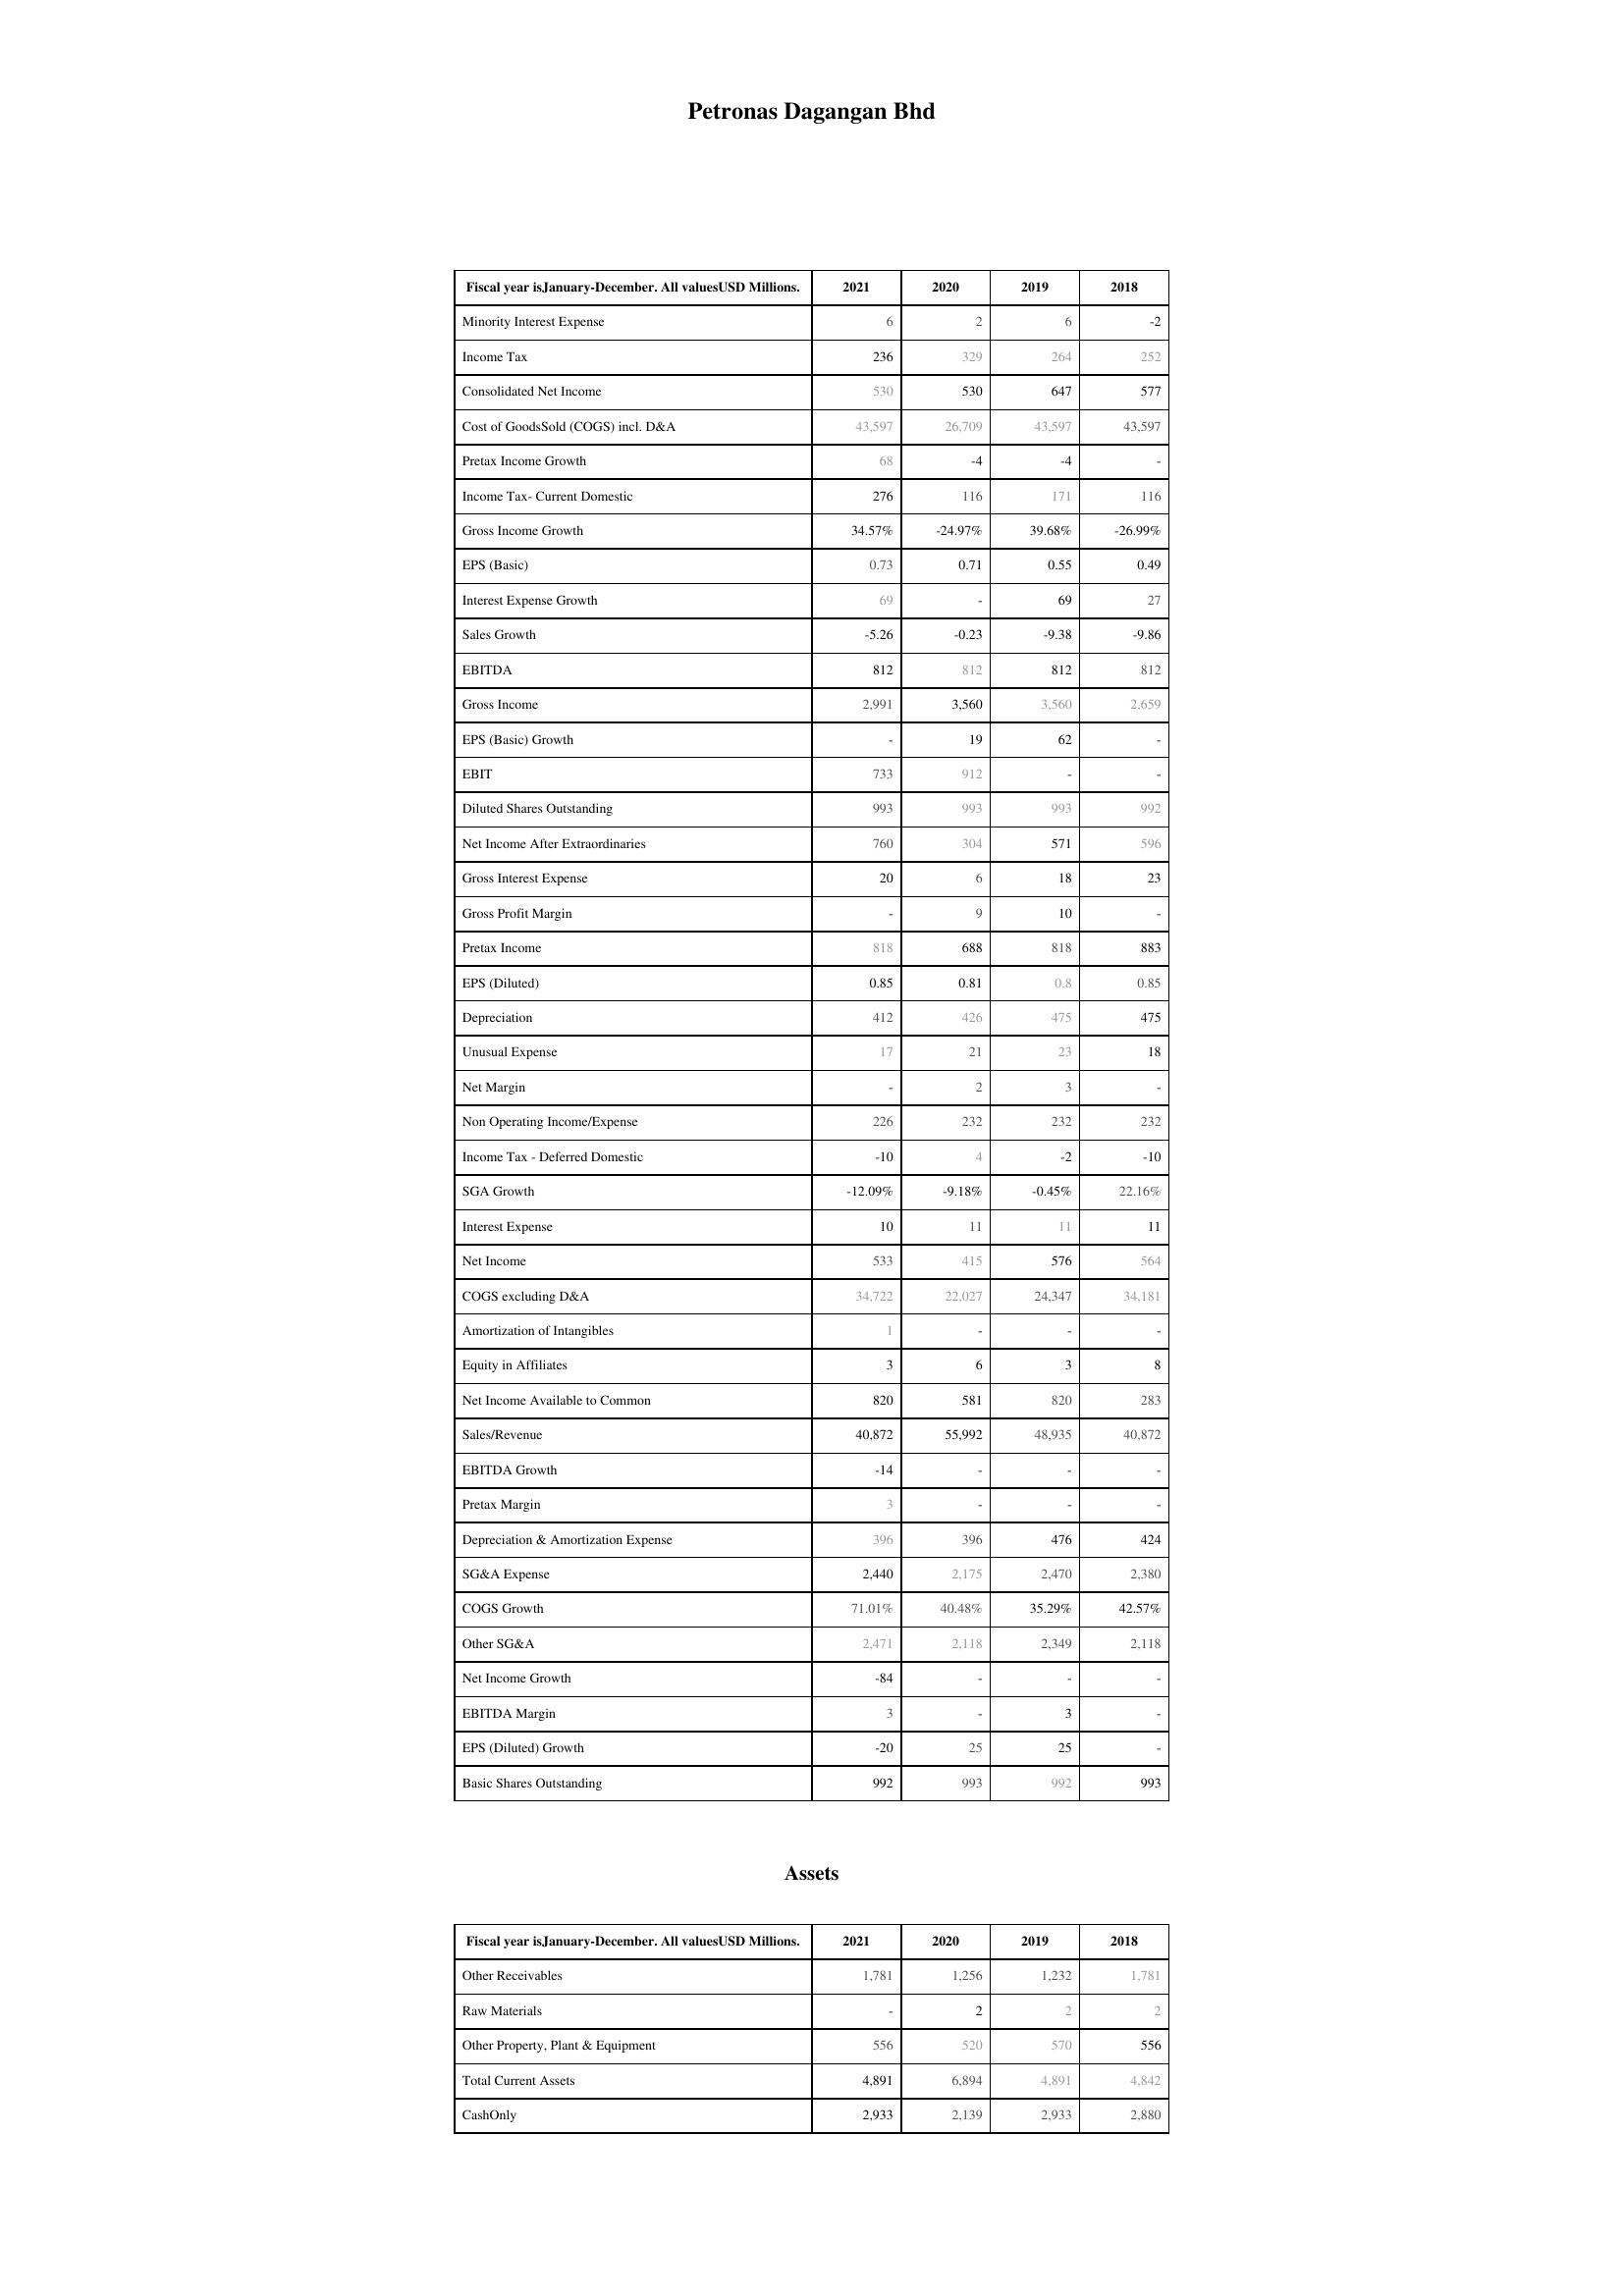
2021: : Minority Interest Expense: 6
Income Tax: 236
Consolidated Net Income: 530
Cost of GoodsSold (COGS) incl. D&A: 43,597
Pretax Income Growth: 68
Income Tax- Current Domestic: 276
Gross Income Growth: 34.57%
EPS (Basic): 0.73
Interest Expense Growth: 69
Sales Growth: -5.26
EBITDA: 812
Gross Income: 2,991
EPS (Basic) Growth: -
EBIT: 733
Diluted Shares Outstanding: 993
Net Income After Extraordinaries: 760
Gross Interest Expense: 20
Gross Profit Margin: -
Pretax Income: 818
EPS (Diluted): 0.85
Depreciation: 412
Unusual Expense: 17
Net Margin: -
Non Operating Income/Expense: 226
Income Tax - Deferred Domestic: -10
SGA Growth: -12.09%
Interest Expense: 10
Net Income: 533
COGS excluding D&A: 34,722
Amortization of Intangibles: 1
Equity in Affiliates: 3
Net Income Available to Common: 820
Sales/Revenue: 40,872
EBITDA Growth: -14
Pretax Margin: 3
Depreciation & Amortization Expense: 396
SG&A Expense: 2,440
COGS Growth: 71.01%
Other SG&A: 2,471
Net Income Growth: -84
EBITDA Margin: 3
EPS (Diluted) Growth: -20
Basic Shares Outstanding: 992
Assets: Other Receivables: 1,781
Raw Materials: -
Other Property, Plant & Equipment: 556
Total Current Assets: 4,891
CashOnly: 2,933
2020: : Minority Interest Expense: 2
Income Tax: 329
Consolidated Net Income: 530
Cost of GoodsSold (COGS) incl. D&A: 26,709
Pretax Income Growth: -4
Income Tax- Current Domestic: 116
Gross Income Growth: -24.97%
EPS (Basic): 0.71
Interest Expense Growth: -
Sales Growth: -0.23
EBITDA: 812
Gross Income: 3,560
EPS (Basic) Growth: 19
EBIT: 912
Diluted Shares Outstanding: 993
Net Income After Extraordinaries: 304
Gross Interest Expense: 6
Gross Profit Margin: 9
Pretax Income: 688
EPS (Diluted): 0.81
Depreciation: 426
Unusual Expense: 21
Net Margin: 2
Non Operating Income/Expense: 232
Income Tax - Deferred Domestic: 4
SGA Growth: -9.18%
Interest Expense: 11
Net Income: 415
COGS excluding D&A: 22,027
Amortization of Intangibles: -
Equity in Affiliates: 6
Net Income Available to Common: 581
Sales/Revenue: 55,992
EBITDA Growth: -
Pretax Margin: -
Depreciation & Amortization Expense: 396
SG&A Expense: 2,175
COGS Growth: 40.48%
Other SG&A: 2,118
Net Income Growth: -
EBITDA Margin: -
EPS (Diluted) Growth: 25
Basic Shares Outstanding: 993
Assets: Other Receivables: 1,256
Raw Materials: 2
Other Property, Plant & Equipment: 520
Total Current Assets: 6,894
CashOnly: 2,139
2019: : Minority Interest Expense: 6
Income Tax: 264
Consolidated Net Income: 647
Cost of GoodsSold (COGS) incl. D&A: 43,597
Pretax Income Growth: -4
Income Tax- Current Domestic: 171
Gross Income Growth: 39.68%
EPS (Basic): 0.55
Interest Expense Growth: 69
Sales Growth: -9.38
EBITDA: 812
Gross Income: 3,560
EPS (Basic) Growth: 62
EBIT: -
Diluted Shares Outstanding: 993
Net Income After Extraordinaries: 571
Gross Interest Expense: 18
Gross Profit Margin: 10
Pretax Income: 818
EPS (Diluted): 0.8
Depreciation: 475
Unusual Expense: 23
Net Margin: 3
Non Operating Income/Expense: 232
Income Tax - Deferred Domestic: -2
SGA Growth: -0.45%
Interest Expense: 11
Net Income: 576
COGS excluding D&A: 24,347
Amortization of Intangibles: -
Equity in Affiliates: 3
Net Income Available to Common: 820
Sales/Revenue: 48,935
EBITDA Growth: -
Pretax Margin: -
Depreciation & Amortization Expense: 476
SG&A Expense: 2,470
COGS Growth: 35.29%
Other SG&A: 2,349
Net Income Growth: -
EBITDA Margin: 3
EPS (Diluted) Growth: 25
Basic Shares Outstanding: 992
Assets: Other Receivables: 1,232
Raw Materials: 2
Other Property, Plant & Equipment: 570
Total Current Assets: 4,891
CashOnly: 2,933
2018: : Minority Interest Expense: -2
Income Tax: 252
Consolidated Net Income: 577
Cost of GoodsSold (COGS) incl. D&A: 43,597
Pretax Income Growth: -
Income Tax- Current Domestic: 116
Gross Income Growth: -26.99%
EPS (Basic): 0.49
Interest Expense Growth: 27
Sales Growth: -9.86
EBITDA: 812
Gross Income: 2,659
EPS (Basic) Growth: -
EBIT: -
Diluted Shares Outstanding: 992
Net Income After Extraordinaries: 596
Gross Interest Expense: 23
Gross Profit Margin: -
Pretax Income: 883
EPS (Diluted): 0.85
Depreciation: 475
Unusual Expense: 18
Net Margin: -
Non Operating Income/Expense: 232
Income Tax - Deferred Domestic: -10
SGA Growth: 22.16%
Interest Expense: 11
Net Income: 564
COGS excluding D&A: 34,181
Amortization of Intangibles: -
Equity in Affiliates: 8
Net Income Available to Common: 283
Sales/Revenue: 40,872
EBITDA Growth: -
Pretax Margin: -
Depreciation & Amortization Expense: 424
SG&A Expense: 2,380
COGS Growth: 42.57%
Other SG&A: 2,118
Net Income Growth: -
EBITDA Margin: -
EPS (Diluted) Growth: -
Basic Shares Outstanding: 993
Assets: Other Receivables: 1,781
Raw Materials: 2
Other Property, Plant & Equipment: 556
Total Current Assets: 4,842
CashOnly: 2,880